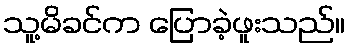
သူ့မိခင်က ပြောခဲ့ဖူးသည်။